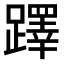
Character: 𨆅